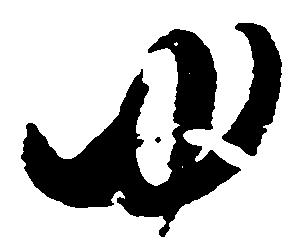
ゆ